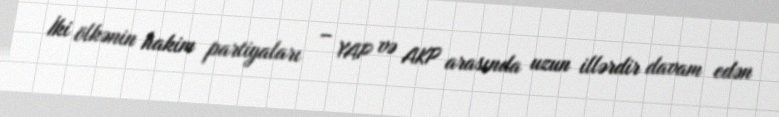
İki ölkənin hakim partiyaları – YAP və AKP arasında uzun illərdir davam edən